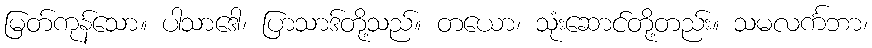
မြတ်ကုန်သော။ ပါသာဒေါ၊ ပြာသာဒ်တို့သည်။ တယော၊ သုံးဆောင်တို့တည်း။ သမလင်္ကဘာ၊